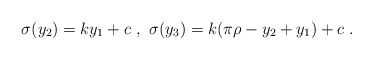
\begin{align*}\sigma (y_2) = k y_1+ c ~,~ \sigma (y_3) = k ( \pi \rho - y_2 + y_1 )+ c~.~\,\end{align*}